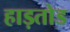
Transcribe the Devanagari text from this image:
हाड़तोड